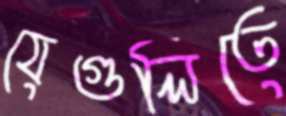
যেগুলিতে